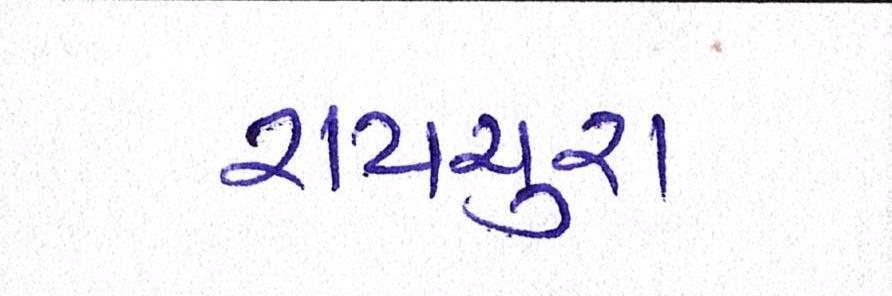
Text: રાયચુરા